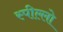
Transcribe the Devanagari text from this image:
स्पील्लो